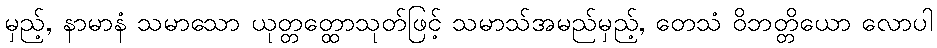
မှည့်, နာမာနံ သမာသော ယုတ္တတ္ထောသုတ်ဖြင့် သမာသ်အမည်မှည့်, တေသံ ဝိဘတ္တိယော လောပါ